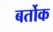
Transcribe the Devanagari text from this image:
बर्तोक